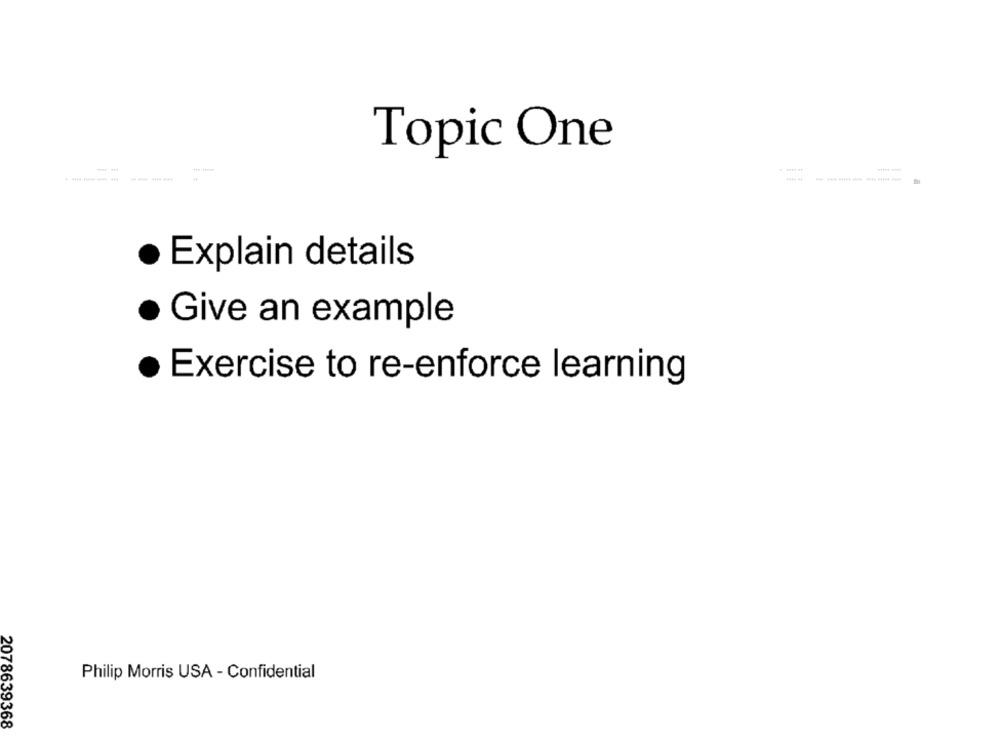
Topic One
· Explain details
Give an example
· Exercise to re-enforce learning
Philip Morris USA - Confidential
2078639368